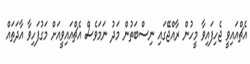
އެޗްއައިވީ ޖެހިފައިވާ މީހުން ރާއްޖޭގައި ނިސްބަތުން މަދު ނަމަވެސް އެޗްއައިވީއަށް މަގުފަހިވާ އާދަތައް